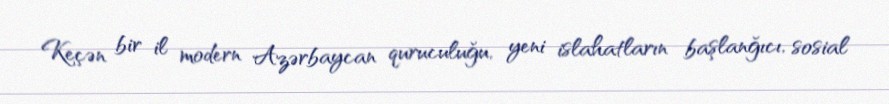
Keçən bir il modern Azərbaycan quruculuğu, yeni islahatların başlanğıcı, sosial